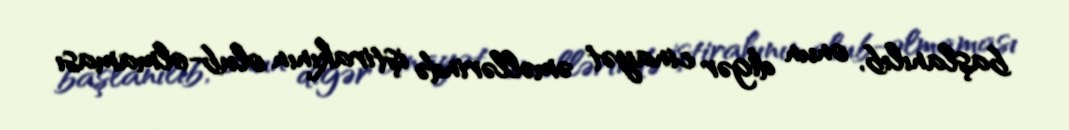
başlanılıb, onun digər cinayət əməllərində iştirakının olub-olmaması